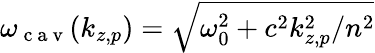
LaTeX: \omega_{\mathrm{~c~a~v~}}(k_{z,p})=\sqrt{\omega_{0}^{2}+c^{2}k_{z,p}^{2}/n^{2}}